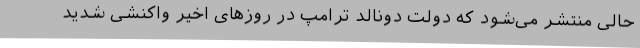
حالی منتشر می‌شود که دولت دونالد ترامپ در روزهای اخیر واکنشی شدید